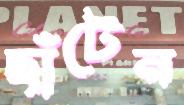
ছাঁটেন